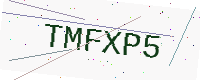
Text: TMFXP5